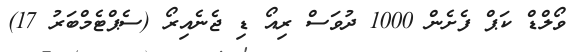
ވޯލްޑް ކަޕް ފެށެން 1000 ދުވަސް ރިއޯ ޑި ޖެނެއިރޯ (ސެޕްޓެމްބަރު 17)